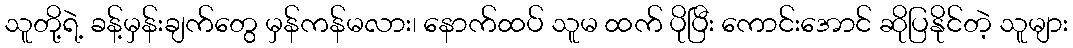
သူတို့ရဲ့ ခန့်မှန်းချက်တွေ မှန်ကန်မလား၊ နောက်ထပ် သူမ ထက် ပိုပြီး ကောင်းအောင် ဆိုပြနိုင်တဲ့ သူများ